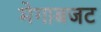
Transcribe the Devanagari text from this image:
मेगाबजट